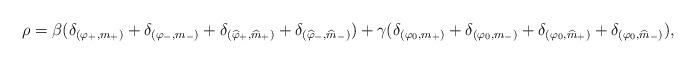
LaTeX: \begin{align*}\rho = \beta (\delta_{(\varphi_+,m_+)}+\delta_{(\varphi_-,m_-)} + \delta_{(\widehat \varphi_+,\widehat{m}_+)}+\delta_{(\widehat \varphi_-,\widehat{m}_-)} )+\gamma(\delta_{(\varphi_0,m_+)} + \delta_{(\varphi_0,m_-)} + \delta_{(\varphi_0,\widehat{m}_+)} +\delta_{(\varphi_0,\widehat{m}_-)}),\end{align*}